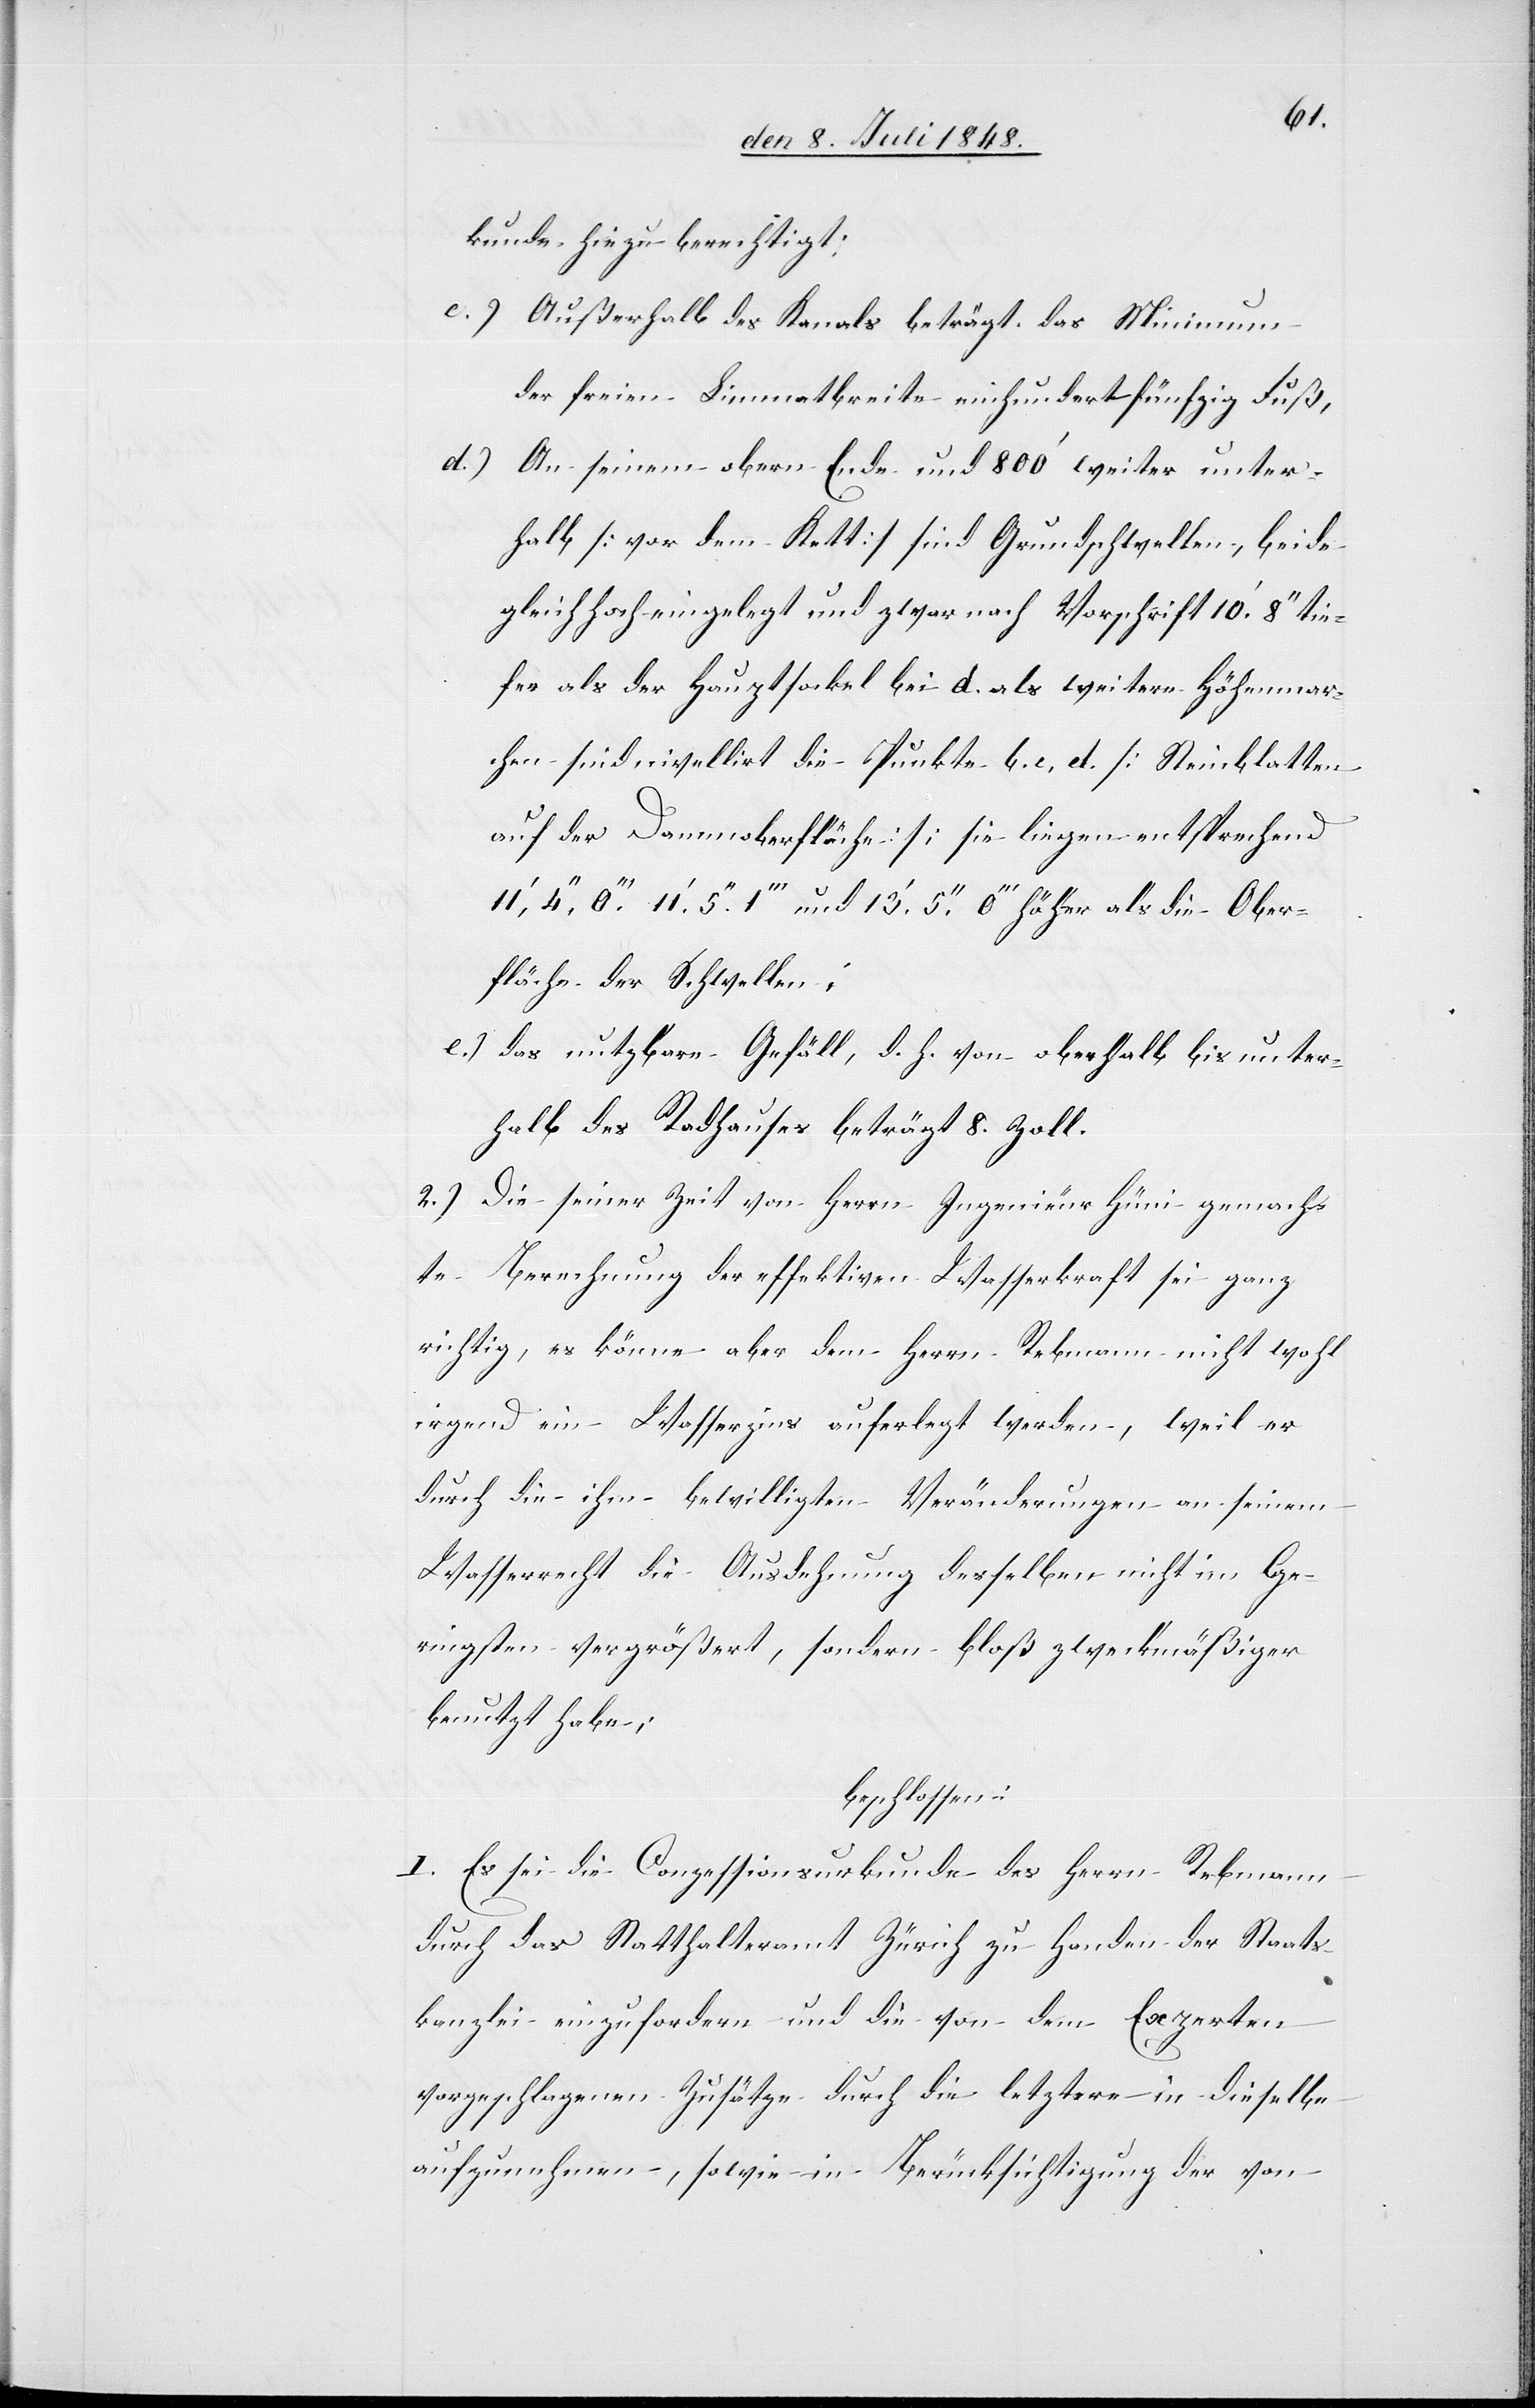
Obe¬
kunde hiezu berechtigt;
c.) Außerhalb des Kanals beträgt das Minimum
der freien Limmatbreite einhundertfünfzig Fuß,
d.) An seinem obern Ende und 800’ weiter unter¬
halb [vor dem Kett] sind Grundschwellen, beide
gleichhoch eingelegt und zwar nach Vorschrift 10’.8’’ tie¬
fer als der Hauptsockel bei d. als weitere Höhenmar¬
chen sind nivellirt die Punkte b. c, d. [Steinblatten
auf der Dammoberfläche] sie liegen entsprechend
rfläche der Schwellen.
e.) das nutzbare Gefäll, d. h. von oberhalb bis unter¬
halb des Radhauses beträgt 8. Zoll
2.) Die seiner Zeit von Herrn Ingenieur Hüni gemach¬
te Berechnung der effektiven Wasserkraft sei ganz
richtig, es könne aber dem Herrn Rebmann nicht wohl
irgend ein Wasserzins auferlegt werden, weil er
durch die ihm bewilligten Veränderungen an seinem
Wasserrecht die Ausdehnung derselben nicht im Ge¬
ringsten vergrößert, sondern bloß zweckmäßiger
benutzt habe;
beschlossen:
I. Es sei die Conzessionsurkunde des Herrn Rebmann
durch das Statthalteramt Zürich zu Handen der Staats¬
kanzlei einzufordern und die von dem Experten
vorgeschlagenen Zusätze durch die letztere in dieselbe
aufzunehmen, sowie in Berücksichtigung der von